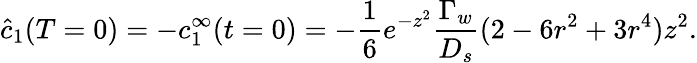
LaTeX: \hat{c}_{1}(T=0)=-c_{1}^{\infty}(t=0)=-\frac{1}{6}e^{-z^{2}}\frac{\Gamma_{w}}{D_{s}}(2-6r^{2}+3r^{4})z^{2}.